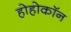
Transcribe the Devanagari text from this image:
होहोकॉन